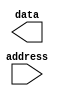
module mem_cache(address, data);

input address;
output data;


endmodule